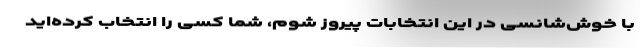
با خوش‌شانسی در این انتخابات پیروز شوم، شما کسی را انتخاب کرده‌اید